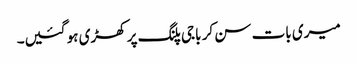
میری بات سن کر باجی پلنگ پر کھڑی ہو گئیں۔